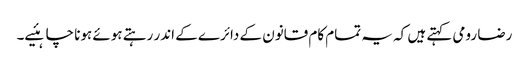
رضا رومی کہتے ہیں کہ یہ تمام کام قانون کے دائرے کے اندر رہتے ہوئے ہونا چاہئیے۔